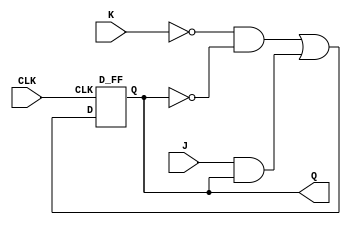
module JK_FF ( J, K, CLK, Q);
input J, K, CLK;
output Q;
wire w1,w2,w3,w4,w5;

and(w1,J,Q);
and(w2,~K,~Q);
or(w3,w2,w1);
D_FF d_ff(w3, CLK, Q);

endmodule

module D_FF (D, CLK, Q);
input D, CLK;
output Q;
reg Q;


always @(negedge CLK)

Q = D;

endmodule